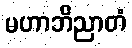
မဟာဘိညာတံ